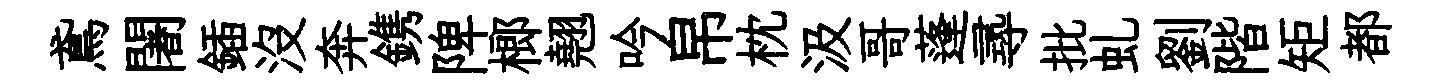
鳶闍鍤沒奔鎸陴榔翹吟帛枕汲哥蓬𡬶批虬劉階矩都